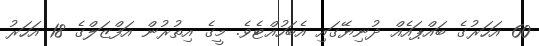
60 އަހަރުގެ ބައްޕައެއް ދުނިޔޭގައި އެބަހުއްޓެވެ. މީގެ އިތުރުން އަފްޒަލްގެ 18 އަހަރު